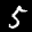
Label: 5